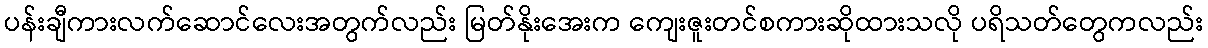
ပန်းချီကားလက်ဆောင်လေးအတွက်လည်း မြတ်နိုးအေးက ကျေးဇူးတင်စကားဆိုထားသလို ပရိသတ်တွေကလည်း